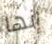
إنها